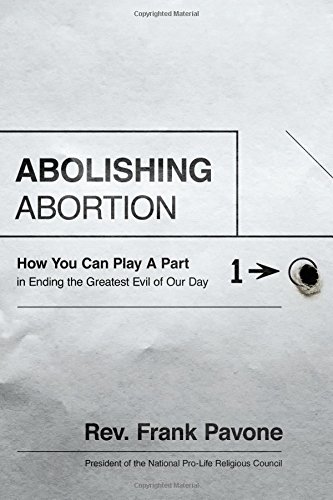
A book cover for Abolishing Abortion: How You Can Play a Part in Ending the Greatest Evil of Our Day; Frank Pavone; Politics & Social Sciences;